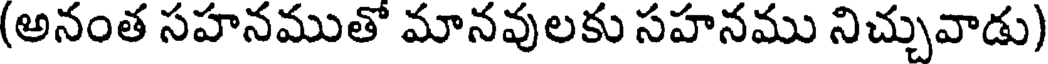
(అనంత సహనముతో మానవులకు సహనము నిచ్చువాడు)